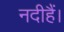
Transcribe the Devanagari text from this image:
नदीहैं।